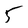
Character: 5